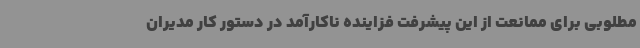
مطلوبی برای ممانعت از این پیشرفت فزاینده ناکارآمد در دستور کار مدیران